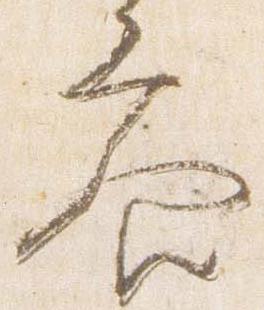
参